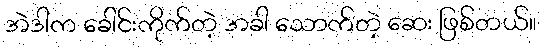
အဲဒါက ခေါင်းကိုက်တဲ့ အခါ သောက်တဲ့ ဆေး ဖြစ်တယ်။